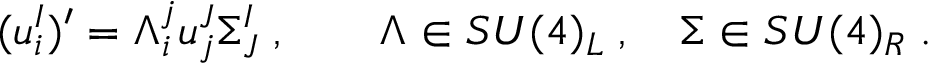
( u _ { i } ^ { I } ) ^ { \prime } = \Lambda _ { i } ^ { j } u _ { j } ^ { J } \Sigma _ { J } ^ { I } \; , \qquad \Lambda \in { S U } ( 4 ) _ { L } \; , \quad \Sigma \in { S U } ( 4 ) _ { R } \; .